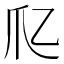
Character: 𤓱